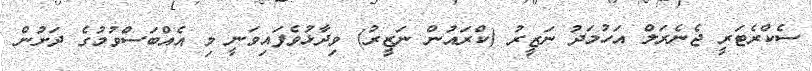
ސެކްރެޓަރީ ޖެނެރަލް އަހުމަދު ނަޒީރު (ކްރައުން ނަޒީރު) ވިދާޅުވެފައިވަނީ މި އެއްބަސްވުމުގެ ދަށުން